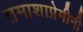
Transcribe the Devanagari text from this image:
तमाशाप्रेमीनी